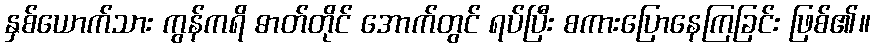
နှစ်ယောက်သား ကွန်ကရိ ဓာတ်တိုင် အောက်တွင် ရပ်ပြီး စကားပြောနေကြခြင်း ဖြစ်၏။